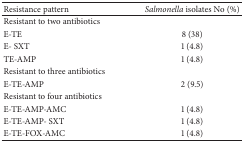
| Resistance pattern | Salmonella isolates No (%) |
 | --- | --- |
 | Resistant to two antibiotics |  |
 | E-TE | 8 (38) |
 | E- SXT | 1 (4.8) |
 | TE-AMP | 1 (4.8) |
 | Resistant to three antibiotics |  |
 | E-TE-AMP | 2 (9.5) |
 | Resistant to four antibiotics |  |
 | E-TE-AMP-AMC | 1 (4.8) |
 | E-TE-AMP- SXT | 1 (4.8) |
 | E-TE-FOX-AMC | 1 (4.8) |